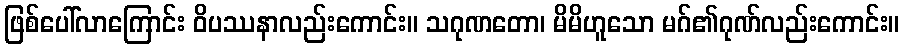
ဖြစ်ပေါ်လာကြောင်း ဝိပဿနာလည်းကောင်း။ သဂုဏတော၊ မိမိဟူသော မဂ်၏ဂုဏ်လည်းကောင်း။